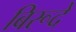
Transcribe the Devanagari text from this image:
बिरूदे